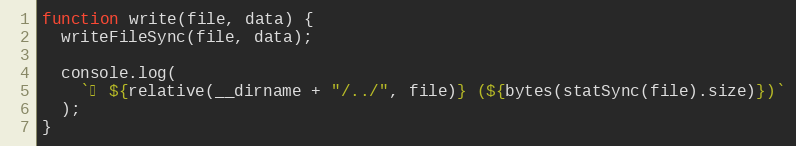
Language: JavaScript
function write(file, data) {
  writeFileSync(file, data);

  console.log(
    `✓ ${relative(__dirname + "/../", file)} (${bytes(statSync(file).size)})`
  );
}